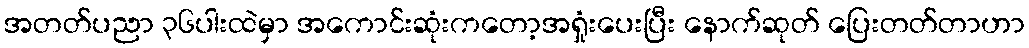
အတတ်ပညာ ၃၆ပါးထဲမှာ အကောင်းဆုံးကတော့အရှုံးပေးပြီး နောက်ဆုတ် ပြေးတတ်တာဟာ